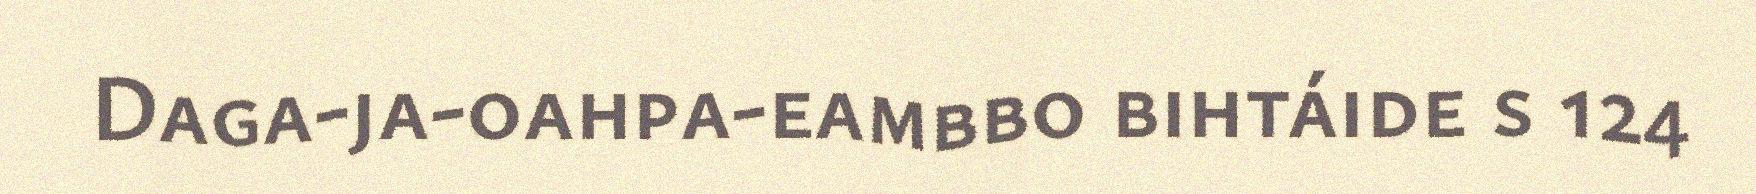
Daga-ja-oahpa-eambbo bihtáide s 124